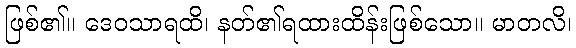
ဖြစ်၏။ ဒေဝသာရထိ၊ နတ်၏ရထားထိန်းဖြစ်သော။ မာတလိ၊